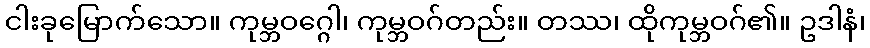
ငါးခုမြောက်သော။ ကုမ္ဘဝဂ္ဂေါ၊ ကုမ္ဘဝဂ်တည်း။ တဿ၊ ထိုကုမ္ဘဝဂ်၏။ ဥဒါနံ၊